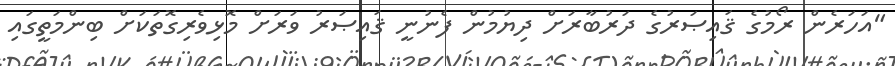
"އަހަރެން ރޯމުގެ ޤައިޞަރުގެ ދަރުބާރަށް ދިޔުމުން ފެނުނީ ޤައިޞަރު ވަރަށް މޮޅިވެރިގޮތަކަށް ބިންމަތީގައި